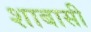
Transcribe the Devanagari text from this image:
शाबासी